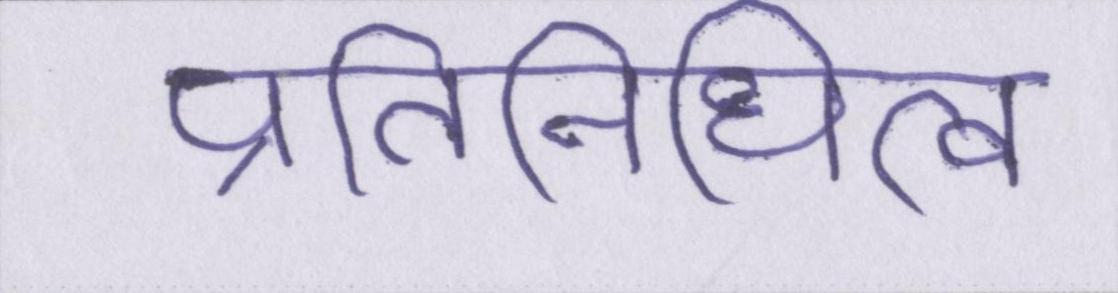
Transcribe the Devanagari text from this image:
प्रतिनिधित्व